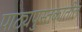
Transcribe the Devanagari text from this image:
पाठ्यपुस्तकातील